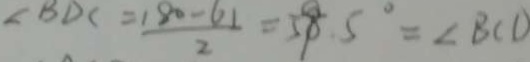
\angle B D C = \frac { 1 8 0 - 6 1 } { 2 } = 5 9 . 5 ^ { \circ } = \angle B C D